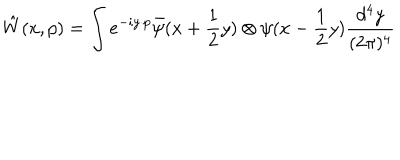
\hat { W } ( x , p ) = \int e ^ { - i y \cdot p } \bar { \psi } ( x + \frac { 1 } { 2 } y ) \otimes \psi ( x - \frac { 1 } { 2 } y ) \frac { d ^ { 4 } y } { ( 2 \pi ) ^ { 4 } }